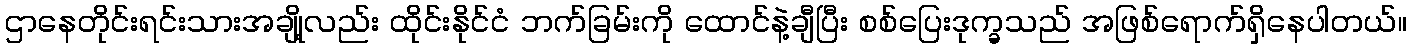
ဌာနေတိုင်းရင်းသားအချို့လည်း ထိုင်းနိုင်ငံ ဘက်ခြမ်းကို ထောင်နဲ့ချီပြီး စစ်ပြေးဒုက္ခသည် အဖြစ်ရောက်ရှိနေပါတယ်။